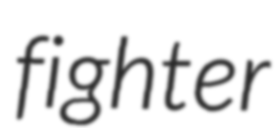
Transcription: fighter